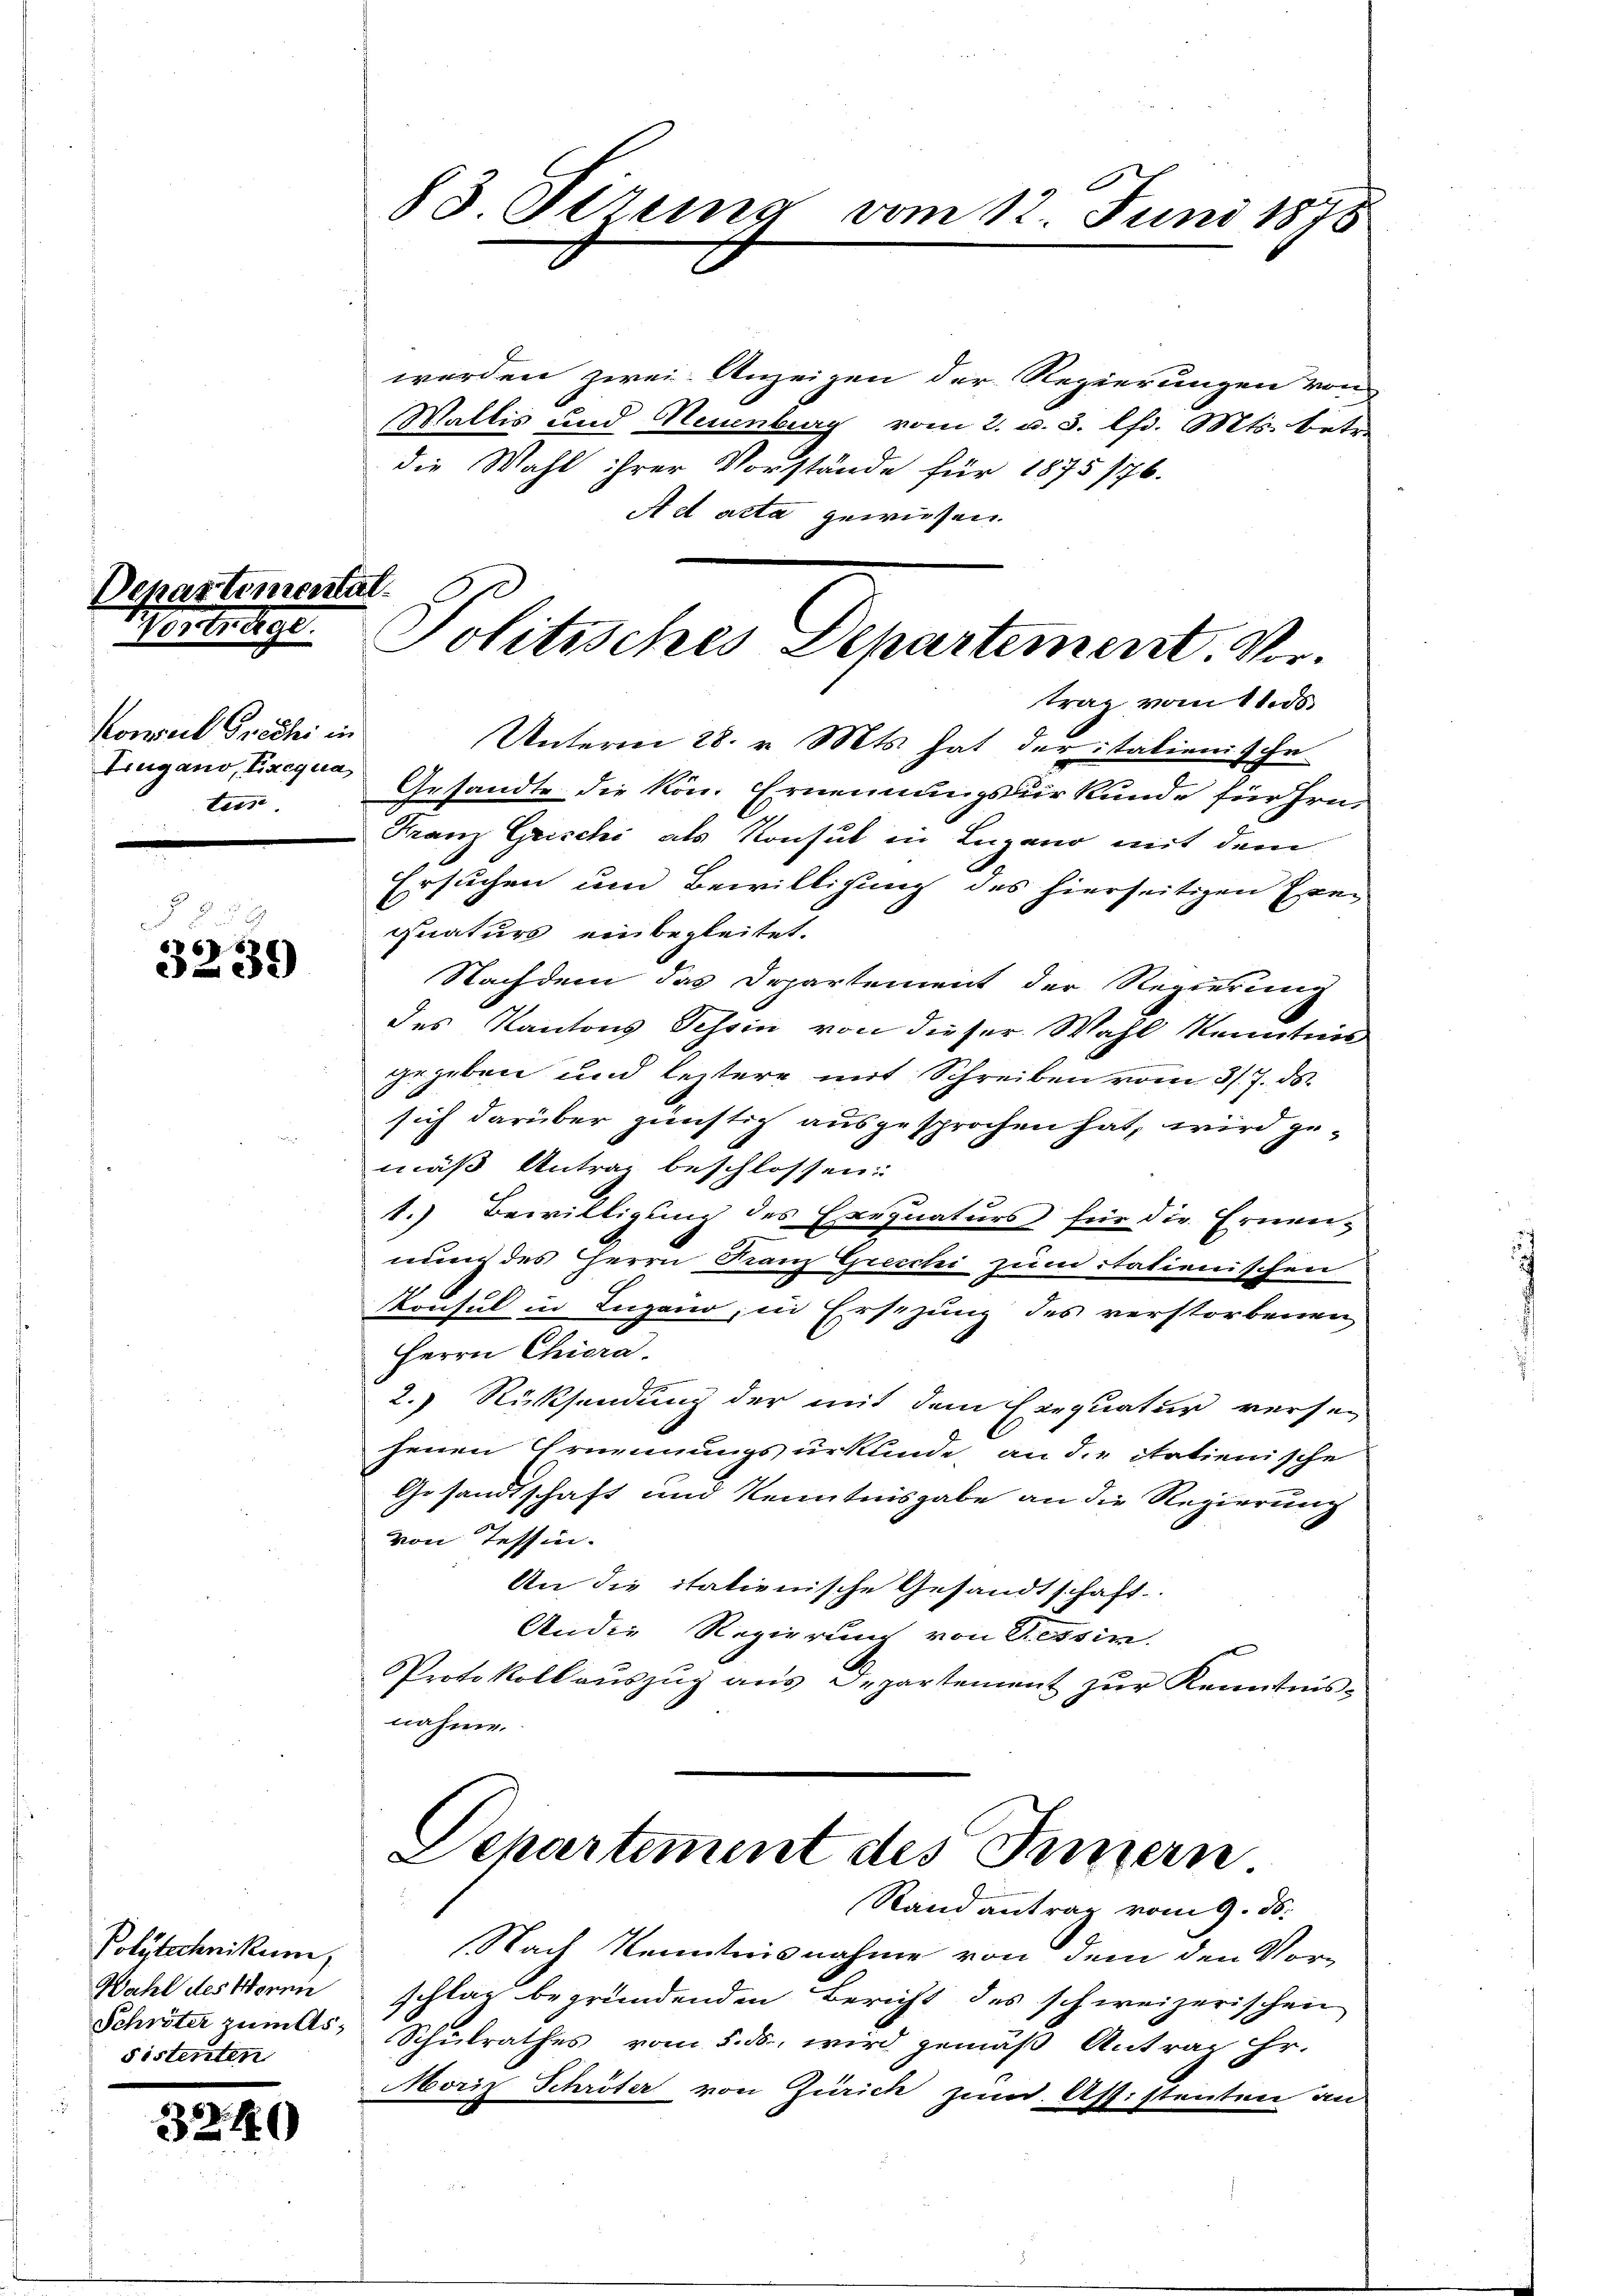
Depe
1.

3239

3240

imentat.

Konseil Griechi in
ters

Polytechnikum,
Wahl des Horen
Schröter zum Assistenten

worden zwei Anzeigen der Regierungen von
Wallis und Neuenburg vom 2. v. 3. lfd. Mts. betr.
die Wahl ihrer Vorstände für 1875 776.
A d acta gewiesen.

11
83 Sizung vom 12. Juni 1873

Jolitisches Departement. Vor¬

Departement des Innern
Randantrag vom 9. ds.

trag vom 11. ds.
Unterm 28. v. Mts. hat der italienische
Lugano, Frequa, Gesandte die Kön. Ernennungsurkunde für Hrn.
Franz Grischi als Konsul in Lugano mit dem
Ersuchen um Bewilligung des hierseitigen Exequaturs einbegleitet.
Nachdem das Departement der Regierung
des Kantons Schein von dieser Wahl kenntni
gegeben und leitere mit Schreiben vom 31. 7. ds.
sich darüber günstig ausgesprochen hat, wird gemäß Antrag beschlossen:
1.) Bewilligung des Exrgnaturs für die Ernen-
num des HHerrn Franz Grecchi zumitationischen
Konsul in Lugano, in Ersezung des verstorbenen
Herrn Chiera.
2. Rücksendung der mit dem Einquatur versag
henen Ernennungsurkunde, an die Statienische
Gesandtschaft und Kenntnisgabe an die Regierung
von Tessin.
An die italienische Gesandtschaft.
Ander Regierung von Ressin.
Protokoll aŭszŭg aŭs Departement zŭr Kenntnis-
nahme.

Nach Kenntnisnahme von dem den Vor-
schlag begründenden Bericht des schweizerischen
Schulrathes vom 5. ds. wird gemäß Antrag Hr.
Moriz Schröter von Zürich zum Assistenten an